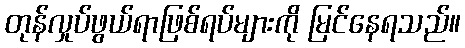
တုန်လှုပ်ဖွယ်ရာဖြစ်ရပ်များကို မြင်နေရသည်။